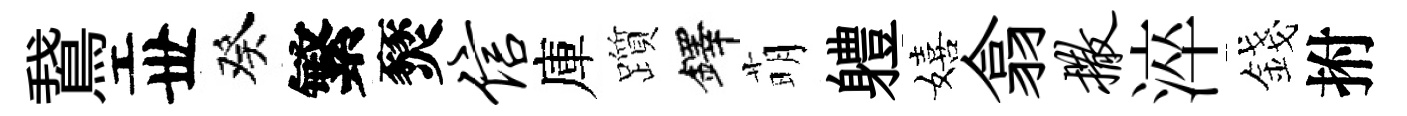
鵞丗癸繁燹信庫躓鐸萌軆嬉翕撒淬錢拊